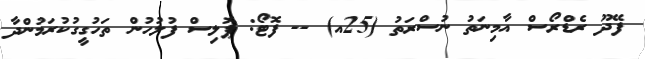
ފޭދޫ ރެޑްރޯސް އާމިނަތު ނުސްރަތު (25އ) -- ފޮޓޯ: ޕޮލިސް ފުލުހުން ތަހުގީގުކުރަމުންދާ